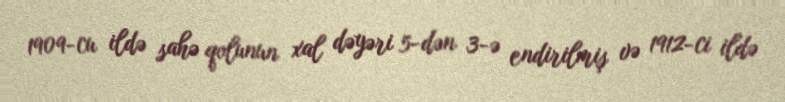
1909-cu ildə sahə qolunun xal dəyəri 5-dən 3-ə endirilmiş və 1912-ci ildə